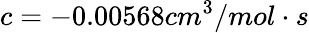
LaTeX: c=-0.00568cm^{3}/mol\cdot s